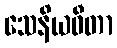
သေနိယဓီတာ